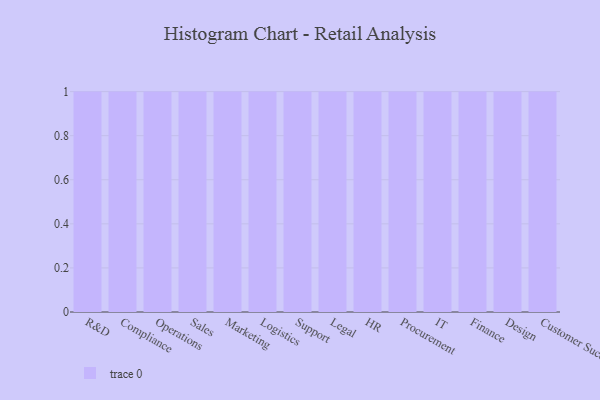
{"axis": {"x": "Department", "y": "Shipments"}, "legend": [""], "data": [{"x": "R&D", "y": 10, "type": ""}, {"x": "Compliance", "y": 12, "type": ""}, {"x": "Operations", "y": 13, "type": ""}, {"x": "Sales", "y": 46, "type": ""}, {"x": "Marketing", "y": 7, "type": ""}, {"x": "Logistics", "y": 40, "type": ""}, {"x": "Support", "y": 44, "type": ""}, {"x": "Legal", "y": 7, "type": ""}, {"x": "HR", "y": 86, "type": ""}, {"x": "Procurement", "y": 43, "type": ""}, {"x": "IT", "y": 86, "type": ""}, {"x": "Finance", "y": 35, "type": ""}, {"x": "Design", "y": 89, "type": ""}, {"x": "Customer Success", "y": 97, "type": ""}]}